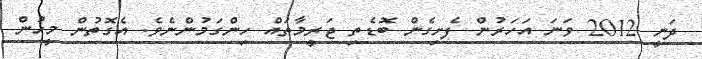
ދަނީ 2012 ވަނަ އަަހަރުން ފެށިގެން ބޮޑެތި ޖަރީމާތައް ހިންގަމުންނެވެ. އެގޮތުންް މީހުން